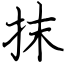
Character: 抹